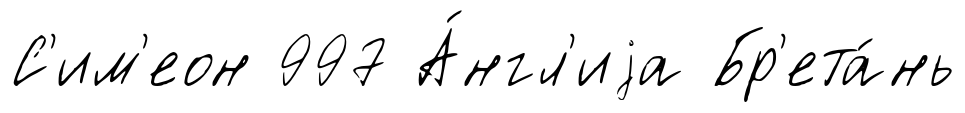
С'им'еон 997 А́нгл'иjа Бр'ета́нь